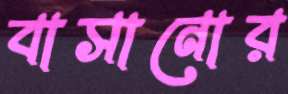
বাসানোর